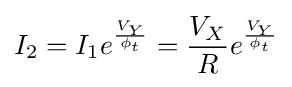
I_{2}=I_{1}e^{\frac {V_{Y}}{\phi _{t}}}={\frac {V_{X}}{R}}e^{\frac {V_{Y}}{\phi _{t}}}